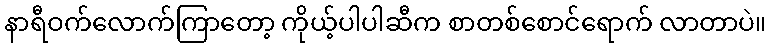
နာရီဝက်လောက်ကြာတော့ ကိုယ့်ပါပါဆီက စာတစ်စောင်ရောက် လာတာပဲ။